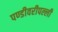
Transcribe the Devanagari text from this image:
पण्डीवरीपल्ली